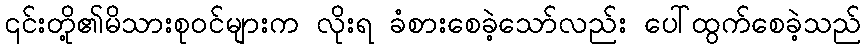
၎င်းတို့၏မိသားစုဝင်များက လိုးရ ခံစားစေခဲ့သော်လည်း ပေါ်ထွက်စေခဲ့သည်